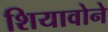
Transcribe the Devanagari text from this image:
शियावोने